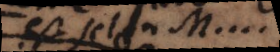
est selon M....